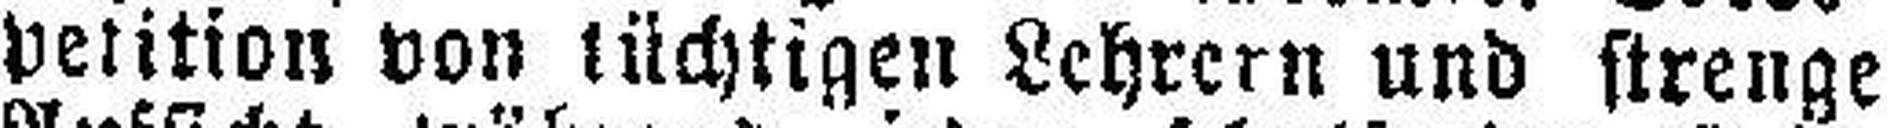
petition von tüchtigen Lehrern und strenge